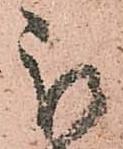
被